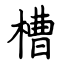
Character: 槽